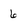
Character: 6